Indian Civil Veterinary Department memoirs
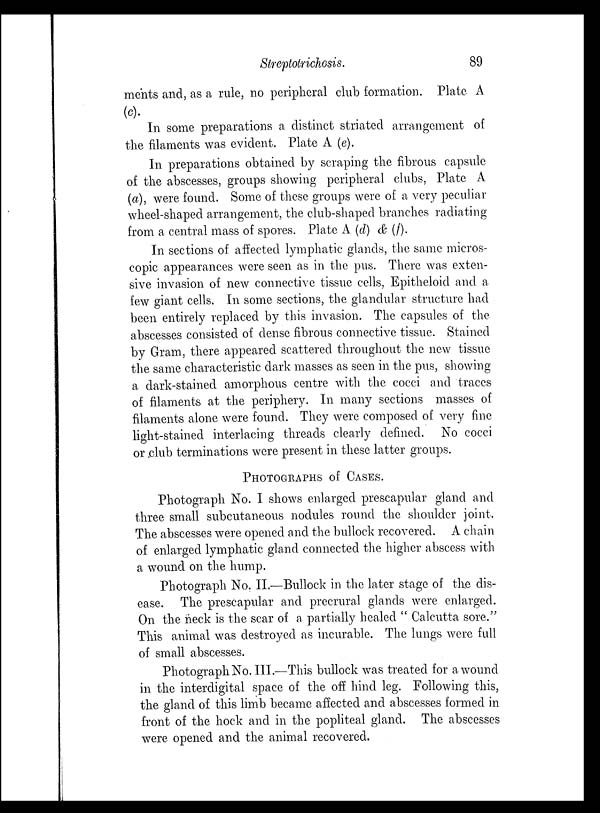
Streptotrichosis.
89
ments and, as a rule, no peripheral club formation. Plate A
(c).
In some preparations a distinct striated arrangement of
the filaments was evident. Plate A (e).
In preparations obtained by scraping the fibrous capsule
of the abscesses, groups showing peripheral clubs, Plate A
(a), were found. Some of these groups were of a very peculiar
wheel-shaped arrangement, the club-shaped branches radiating
from a central mass of spores. Plate A (d) & (f).
In sections of affected lymphatic glands, the same micros-
copic appearances were seen as in the pus. There was exten-
sive invasion of new connective tissue cells, Epitheloid and a
few giant cells. In some sections, the glandular structure had
been entirely replaced by this invasion. The capsules of the
abscesses consisted of dense fibrous connective tissue. Stained
by Gram, there appeared scattered throughout the new tissue
the same characteristic dark masses as seen in the pus, showing
a dark-stained amorphous centre with the cocci and traces
of filaments at the periphery. In many sections masses of
filaments alone were found. They were composed of very fine
light-stained interlacing threads clearly defined. No cocci
or club terminations were present in these latter groups.
PHOTOGRAPHS of CASES.
Photograph No. I shows enlarged prescapular gland and
three small subcutaneous nodules round the shoulder joint.
The abscesses were opened and the bullock recovered. A chain
of enlarged lymphatic gland connected the higher abscess with
a wound on the hump.
Photograph No. II.—Bullock in the later stage of the dis-
ease. The prescapular and precrural glands were enlarged.
On the neck is the scar of a partially healed " Calcutta sore."
This animal was destroyed as incurable. The lungs were full
of small abscesses.
Photograph No. III.—This bullock was treated for a wound
in the interdigital space of the off hind leg. Following this,
the gland of this limb became affected and abscesses formed in
front of the hock and in the popliteal gland. The abscesses
were opened and the animal recovered.